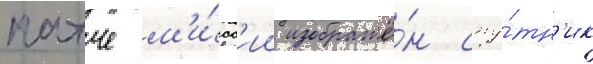
патче м'и́сс'ии изображё́н спу́тн'ик